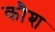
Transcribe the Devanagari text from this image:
कौश